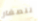
للصغار